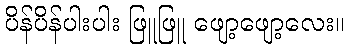
ပိန်ပိန်ပါးပါး ဖြူဖြူ ဖျော့ဖျော့လေး။